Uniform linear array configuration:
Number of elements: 16
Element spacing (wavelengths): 0.5
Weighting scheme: cosine
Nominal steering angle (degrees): -30
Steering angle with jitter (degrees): -28.995
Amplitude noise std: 0.05
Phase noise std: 0.05

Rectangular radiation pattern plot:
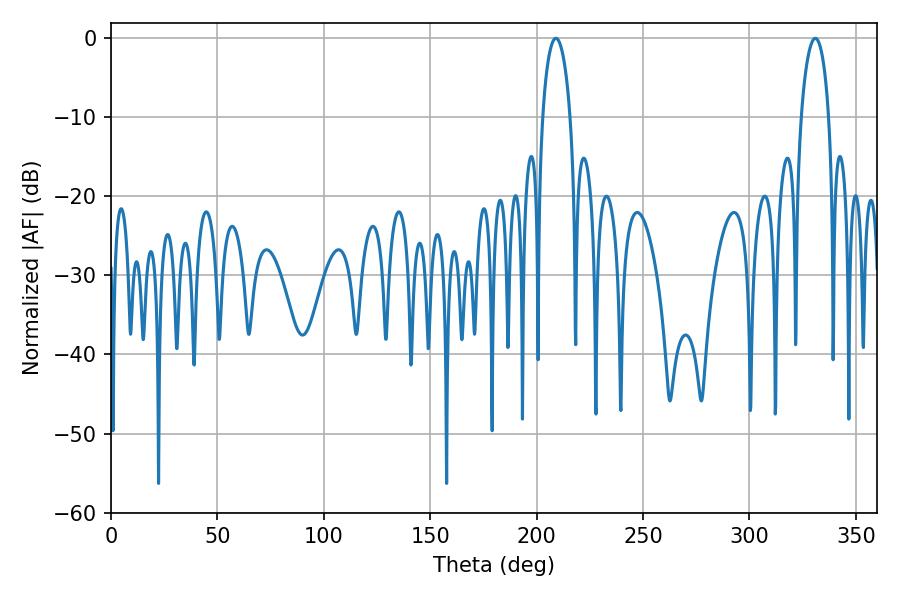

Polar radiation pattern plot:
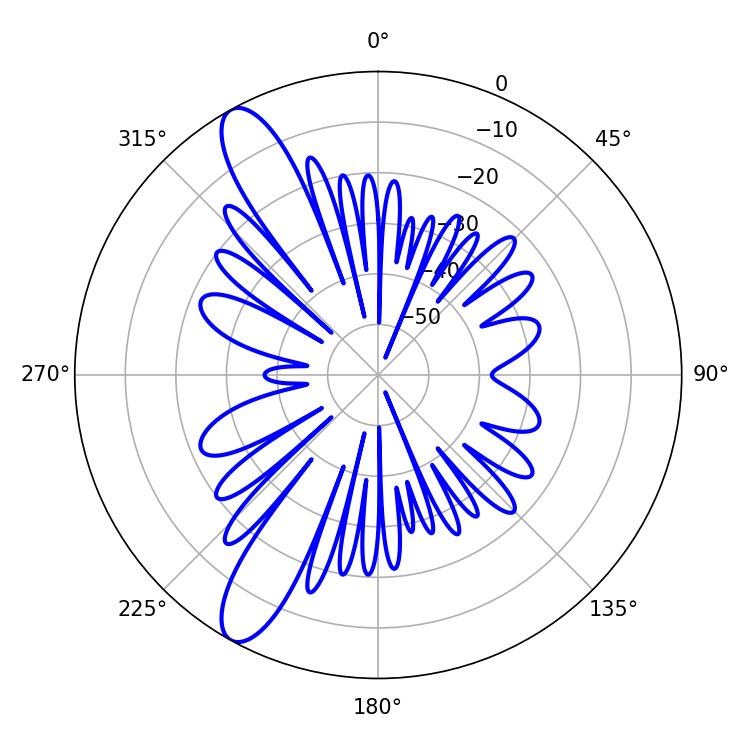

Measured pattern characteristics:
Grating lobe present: FALSE
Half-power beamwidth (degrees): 7.38
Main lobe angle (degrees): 208.98